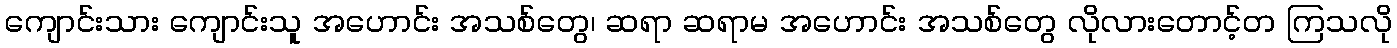
ကျောင်းသား ကျောင်းသူ အဟောင်း အသစ်တွေ၊ ဆရာ ဆရာမ အဟောင်း အသစ်တွေ လိုလားတောင့်တ ကြသလို